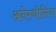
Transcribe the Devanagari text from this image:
अनेस्थीसिया